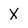
Character: X